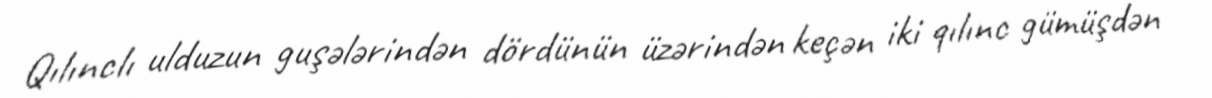
Qılınclı ulduzun guşələrindən dördünün üzərindən keçən iki qılınc gümüşdən